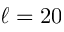
\ell = 2 0